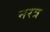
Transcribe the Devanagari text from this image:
नरत्र